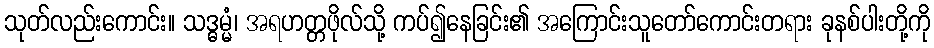
သုတ်လည်းကောင်း။ သဒ္ဓမ္မံ၊ အရဟတ္တဖိုလ်သို့ ကပ်၍နေခြင်း၏ အကြောင်းသူတော်ကောင်းတရား ခုနစ်ပါးတို့ကို